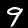
Label: 9